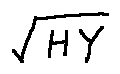
\sqrt { H Y }